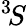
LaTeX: ^3\! S